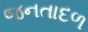
જનતાદળ